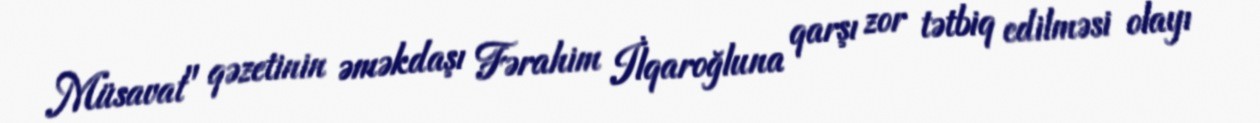
Müsavat" qəzetinin əməkdaşı Fərahim İlqaroğluna qarşı zor tətbiq edilməsi olayı